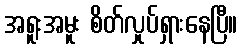
အရူးအမူး စိတ်လှုပ်ရှားနေပြီ။